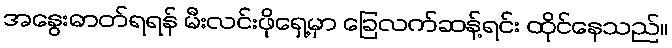
အနွေးဓာတ်ရရန် မီးလင်းဖိုရှေ့မှာ ခြေလက်ဆန့်ရင်း ထိုင်နေသည်။